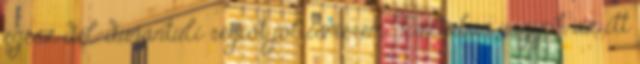
egész dél-dunántúli régiót jól ismerem. Tisztában vagyok az itt